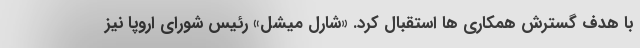
با هدف گسترش همکاری ها استقبال کرد. «شارل میشل» رئیس شورای اروپا نیز